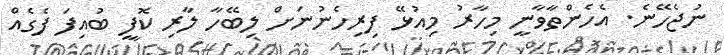
ނުޖެހޭނެ. އެހެންތާވާނީ މިހާރު މިއުޅޭ ފިރިހެނުނަށް ލިބޭހާ ލާރި ކޮފީ ބުއިފަ ފެގެއް